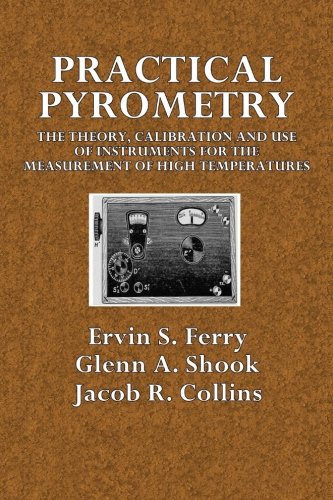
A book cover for Practical Pyrometry: The Theory, Calibration and Use of Instruments for the Measurement of High Temperatures; Ervin S. Ferry; Science & Math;